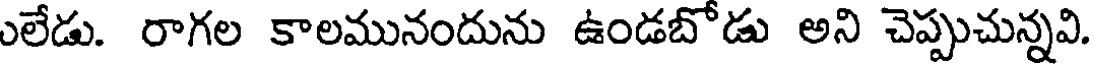
ులేడు. రాగల కాలమునందును ఉండబోడు అని చెప్పుచున్నవి.